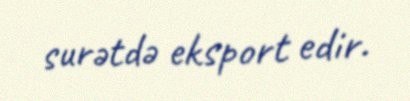
surətdə eksport edir.